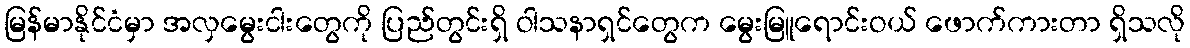
မြန်မာနိုင်ငံမှာ အလှမွေးငါးတွေကို ပြည်တွင်းရှိ ဝါသနာရှင်တွေက မွေးမြူရောင်းဝယ် ဖောက်ကားတာ ရှိသလို